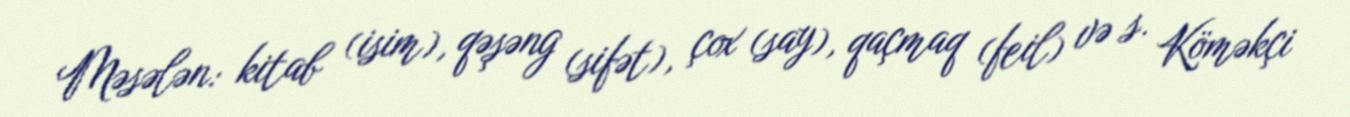
Məsələn: kitab (isim), qəşəng (sifət), çox (say), qaçmaq (feil) və s. Köməkçi